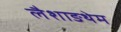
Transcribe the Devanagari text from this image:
लैशाङथेम